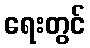
ရေးတွင်